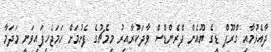
ދާއެޅުމާއި ގްރޫޕް ޑީގެ ޔޫއެން ފްރެންޑްސް ވާދަކުރާއިރު މިމެޗުގެ ފެށުމަށް ހަމަޖެހިފައިވަނީ މަދަމާ